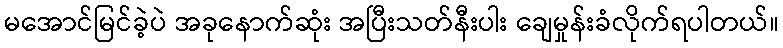
မအောင်မြင်ခဲ့ပဲ အခုနောက်ဆုံး အပြီးသတ်နီးပါး ချေမှုန်းခံလိုက်ရပါတယ်။